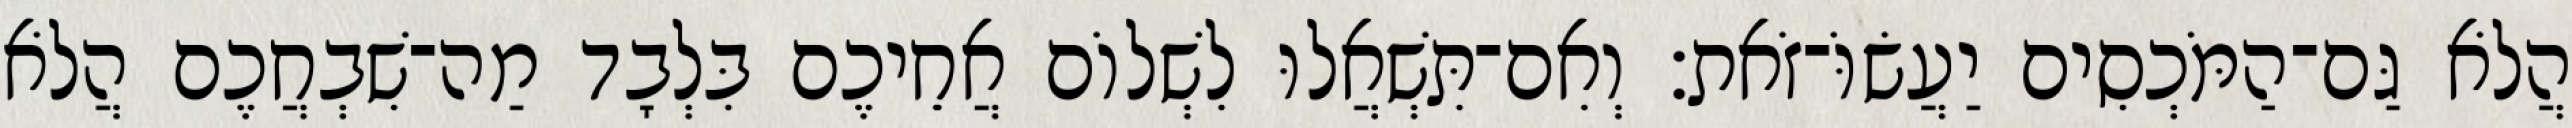
הֲלֹא גַּם־הַמֹּכְסִים יַעֲשׂוֹּ־זֹאת׃ וְאִם־תִּשְׁאֲלוּ לִשְׁלוֹם אֲחֵיכֶם בִּלְבָד מַה־שִׁבְחֲכֶם הֲלֹא